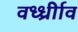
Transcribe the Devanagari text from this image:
वर्ध्ध्रीाव